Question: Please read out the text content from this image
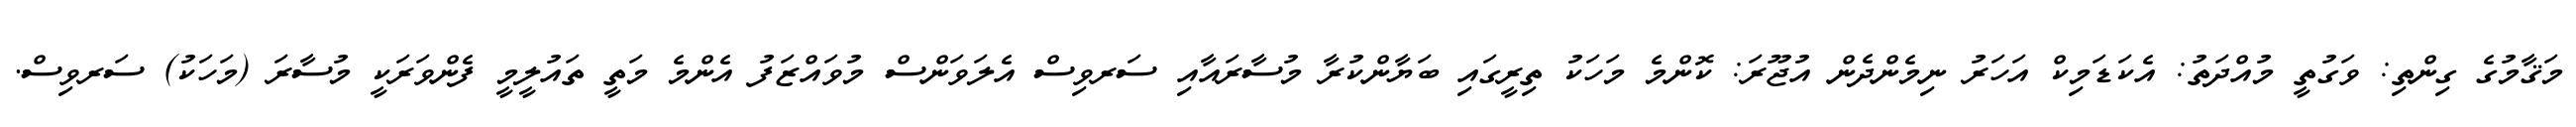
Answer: މަޤާމުގެ ގިންތި: ވަގުތީ މުއްދަތު: އެކަޑަމިކް އަހަރު ނިމެންދެން އުޖޫރަ: ކޮންމެ މަހަކު ތިރީގައި ބަޔާންކުރާ މުސާރައާއި ސަރވިސް އެލަވަންސް މުވައްޒަފު އެންމެ މަތީ ތައުލީމީ ފެންވަރަކީ މުސާރަ (މަހަކު) ސަރވިސް.